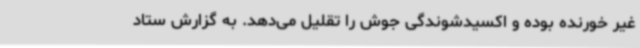
غیر خورنده بوده و اکسیدشوندگی جوش را تقلیل می‌دهد. به گزارش ستاد